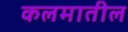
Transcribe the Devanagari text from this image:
कलमातील